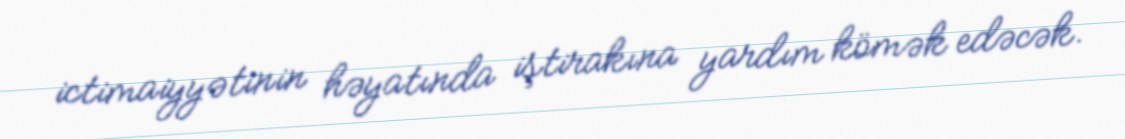
ictimaiyyətinin həyatında iştirakına yardım kömək edəcək.